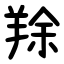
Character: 䍱